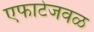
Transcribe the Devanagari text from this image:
एफाटेजवळ